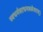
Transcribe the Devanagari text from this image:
स्वधर्मसाधनक्लेशात्‌।